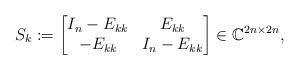
LaTeX: \begin{align*}S_k:= \begin{bmatrix}I_{n}-E_{kk} & E_{kk}\\-E_{kk} & I_{n} - E_{kk}\end{bmatrix} \in \mathbb{C}^{2n \times {2n}},\end{align*}